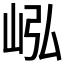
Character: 𪨭